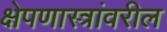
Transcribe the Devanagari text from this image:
क्षेपणास्त्रांवरील